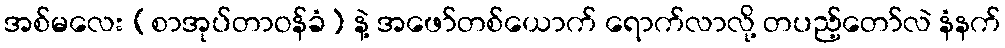
အစ်မလေး (စာအုပ်တာဝန်ခံ) နဲ့ အဖော်တစ်ယောက် ရောက်လာလို့ တပည့်တော်လဲ နံနက်